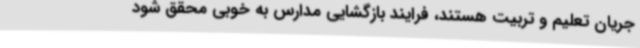
جریان تعلیم و تربیت هستند، فرایند بازگشایی مدارس به خوبی محقق شود